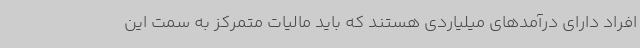
افراد دارای درآمدهای میلیاردی هستند که باید مالیات متمرکز به سمت این